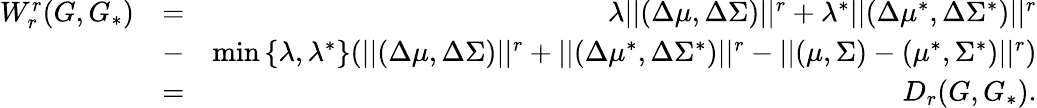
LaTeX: \begin{array}{rlr}{W_{r}^{r}(G,G_{*})}&{=}&{\lambda||(\Delta\mu,\Delta\Sigma)||^{r}+\lambda^{*}||(\Delta\mu^{*},\Delta\Sigma^{*})||^{r}}\\ &{-}&{\operatorname*{min}\left\{ \lambda,\lambda^{*}\right\} (||(\Delta\mu,\Delta\Sigma)||^{r}+||(\Delta\mu^{*},\Delta\Sigma^{*})||^{r}-||(\mu,\Sigma)-(\mu^{*},\Sigma^{*})||^{r})}\\ &{=}&{D_{r}(G,G_{*}).}\end{array}